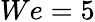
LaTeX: We=5